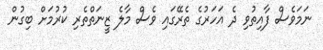
ނަމަވެސް ފާއިތުވި ދެ އަހަރުގެ ތެރޭގައި ވެސް މާލެ ޒީނަތްތެރި ކުރުމަށް ބިގުން